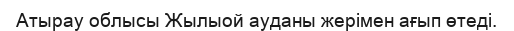
Атырау облысы Жылыой ауданы жерімен ағып өтеді.